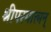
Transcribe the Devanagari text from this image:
श्रीपरमात्मन्